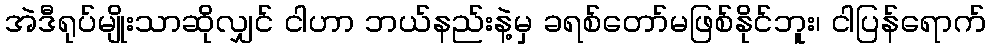
အဲဒီရုပ်မျိုးသာဆိုလျှင် ငါဟာ ဘယ်နည်းနဲ့မှ ခရစ်တော်မဖြစ်နိုင်ဘူး၊ ငါပြန်ရောက်